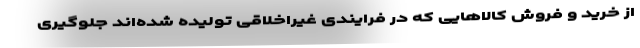
از خرید و فروش کالاهایی که در فرایندی غیراخلاقی تولیده شده‌اند جلوگیری